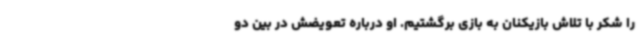
را شکر با تلاش بازیکنان به بازی برگشتیم. او درباره تعویضش در بین دو